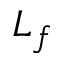
L _ { f }